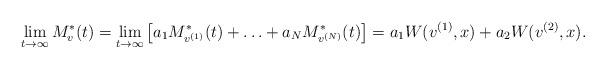
LaTeX: \begin{align*}\lim_{t\to\infty}M^*_v(t)=\lim_{t\to\infty}\big[a_1M^*_{v^{(1)}}(t)+\ldots+a_NM^*_{v^{(N)}}(t)\big]=a_1W(v^{(1)},x)+a_2W(v^{(2)},x).\end{align*}